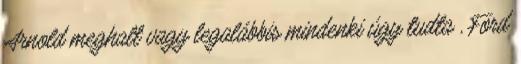
Arnold meghalt vagy legalábbis mindenki úgy tudta , Ford